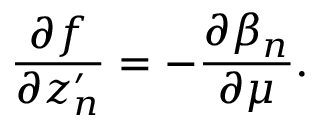
\frac { \partial f } { \partial z _ { n } ^ { \prime } } = - \frac { \partial \beta _ { n } } { \partial \mu } .